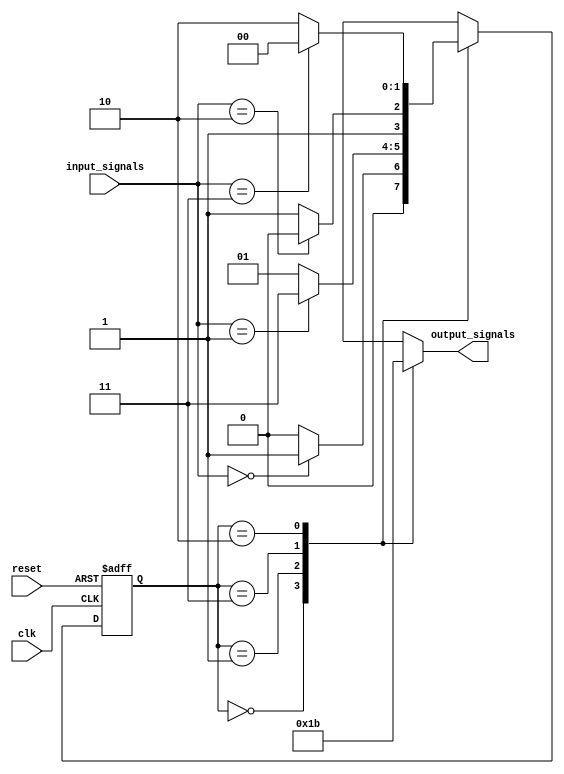
module gray_code_state_machine(
    input wire clk,
    input wire reset,
    input wire [N-1:0] input_signals,
    output wire [M-1:0] output_signals
);

parameter N = 4; // Number of input signals
parameter M = 2; // Number of output signals

// Define states using Gray code state encoding
parameter S0 = 2'b00; // Current state
parameter S1 = 2'b01; // Next state when input_signals == 2'b00
parameter S2 = 2'b11; // Next state when input_signals == 2'b01
parameter S3 = 2'b10; // Next state when input_signals == 2'b10

// Define state register
reg [1:0] state_reg;

// State transition logic
always @ (posedge clk or posedge reset) begin
    if (reset) begin
        state_reg <= S0;
    end else begin
        case(state_reg)
            S0: begin
                if (input_signals == 2'b00)
                    state_reg <= S1;
                else
                    state_reg <= S0;
            end
            S1: begin
                if (input_signals == 2'b01)
                    state_reg <= S2;
                else
                    state_reg <= S1;
            end
            S2: begin
                if (input_signals == 2'b10)
                    state_reg <= S3;
                else
                    state_reg <= S2;
            end
            S3: begin
                if (input_signals == 2'b11)
                    state_reg <= S0;
                else
                    state_reg <= S3;
            end
        endcase
    end
end

// Output generation based on current state
always @ (*) begin
    case(state_reg)
        S0: output_signals = 2'b00;
        S1: output_signals = 2'b01;
        S2: output_signals = 2'b10;
        S3: output_signals = 2'b11;
    endcase
end

endmodule